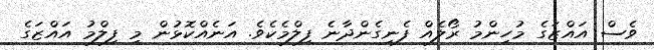
ވެސް އައްޒަގެ މުހިންމު ރޯލެއް ފެނިގެންދާނެ ފިލްމެކެވެ. އަނެއްކޮޅުން މި ފިލްމު އައްޒަގެ